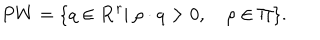
LaTeX: P W = \{ q \in { \bf R } ^ { r } | \ \rho \cdot q > 0 , \quad \rho \in \Pi \} .